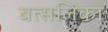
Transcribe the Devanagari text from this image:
बत्सलिका